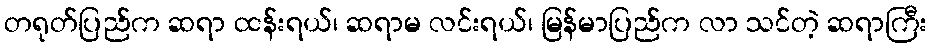
တရုတ်ပြည်က ဆရာ ထန်းရယ်၊ ဆရာမ လင်းရယ်၊ မြန်မာပြည်က လာ သင်တဲ့ ဆရာကြီး